Malarial fevers
Disease focus: Malaria
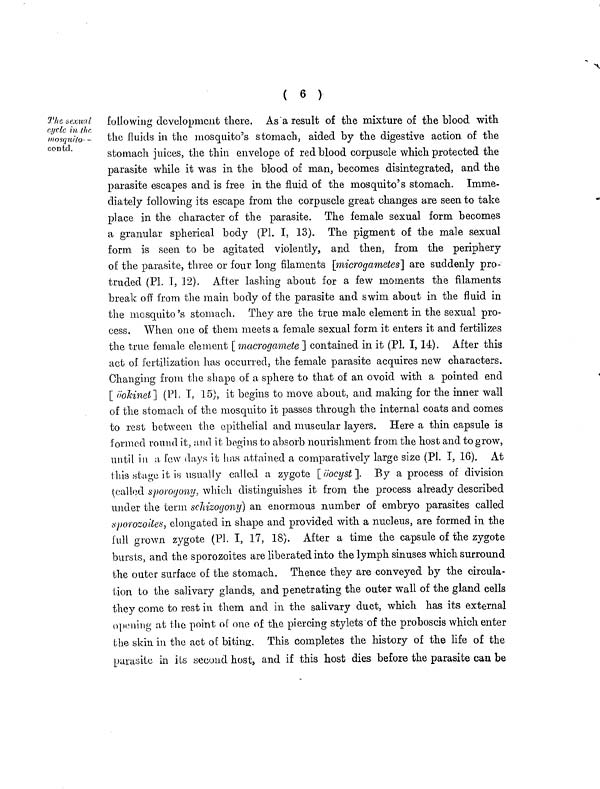
( 6 )
The sexual
cycle in the.
mosquito- -
contd.
following development there. As a result of the mixture of the blood with
the fluids in the mosquito's stomach, aided by the digestive action of the
stomach juices, the thin envelope of red blood corpuscle which protected the
parasite while it was in the blood of man, becomes disintegrated, and the
parasite escapes and is free in the fluid of the mosquito's stomach. Imme-
diately following its escape from the corpuscle great changes are seen to take
place in the character of the parasite. The female sexual form becomes
a granular spherical body (Pl. I, 13). The pigment of the male sexual
form is seen to be agitated violently, and then, from the periphery
of the parasite, three or four long filaments [microgametes] are suddenly pro-
truded (Pl. T, 12). After lashing about for a few moments the filaments
break off from the main body of the parasite and swim about in the fluid in
the mosquito's stomach. They are the true male element in the sexual pro-
cess. When one of them meets a female sexual form it enters it and fertilizes
the true female element [ macrogamete ] contained in it (Pl. I, 14). After this
act of fertilization has occurred, the female parasite acquires new characters.
Changing from the shape of a sphere to that of an ovoid with a pointed end
[ ookinet] (Pl. I, 15), it begins to move about, and making for the inner wall
of the stomach of the mosquito it passes through the internal coats and comes
to rest between the epithelial and muscular layers. Here a thin capsule is
formed round it, and it begins to absorb nourishment from the host and to grow,
until in a, low days it has attained a comparatively large size (PL I, 16). At
this stage it is usually called a zygote [öocyst]. By a process of division
(called sporogony, which distinguishes it from the process already described
under the term schizogony) an enormous number of embryo parasites called
sporozoiles, elongated in shape and provided with a nucleus, are formed in the
full grown zygote (Pl. I, 17, 18). After a time the capsule of the zygote
bursts, and the sporozoites are liberated into the lymph sinuses which surround
the outer surface of the stomach. Thence they are conveyed by the circula-
tion to the salivary glands, and penetrating the outer wall of the gland cells
they come to rest in them and in the salivary duct, which has its external
opening at the point of one of the piercing stylets of the proboscis which enter
the skin in the act of biting. This completes the history of the life of the
parasite in its second host, and if this host dies before the parasite can be